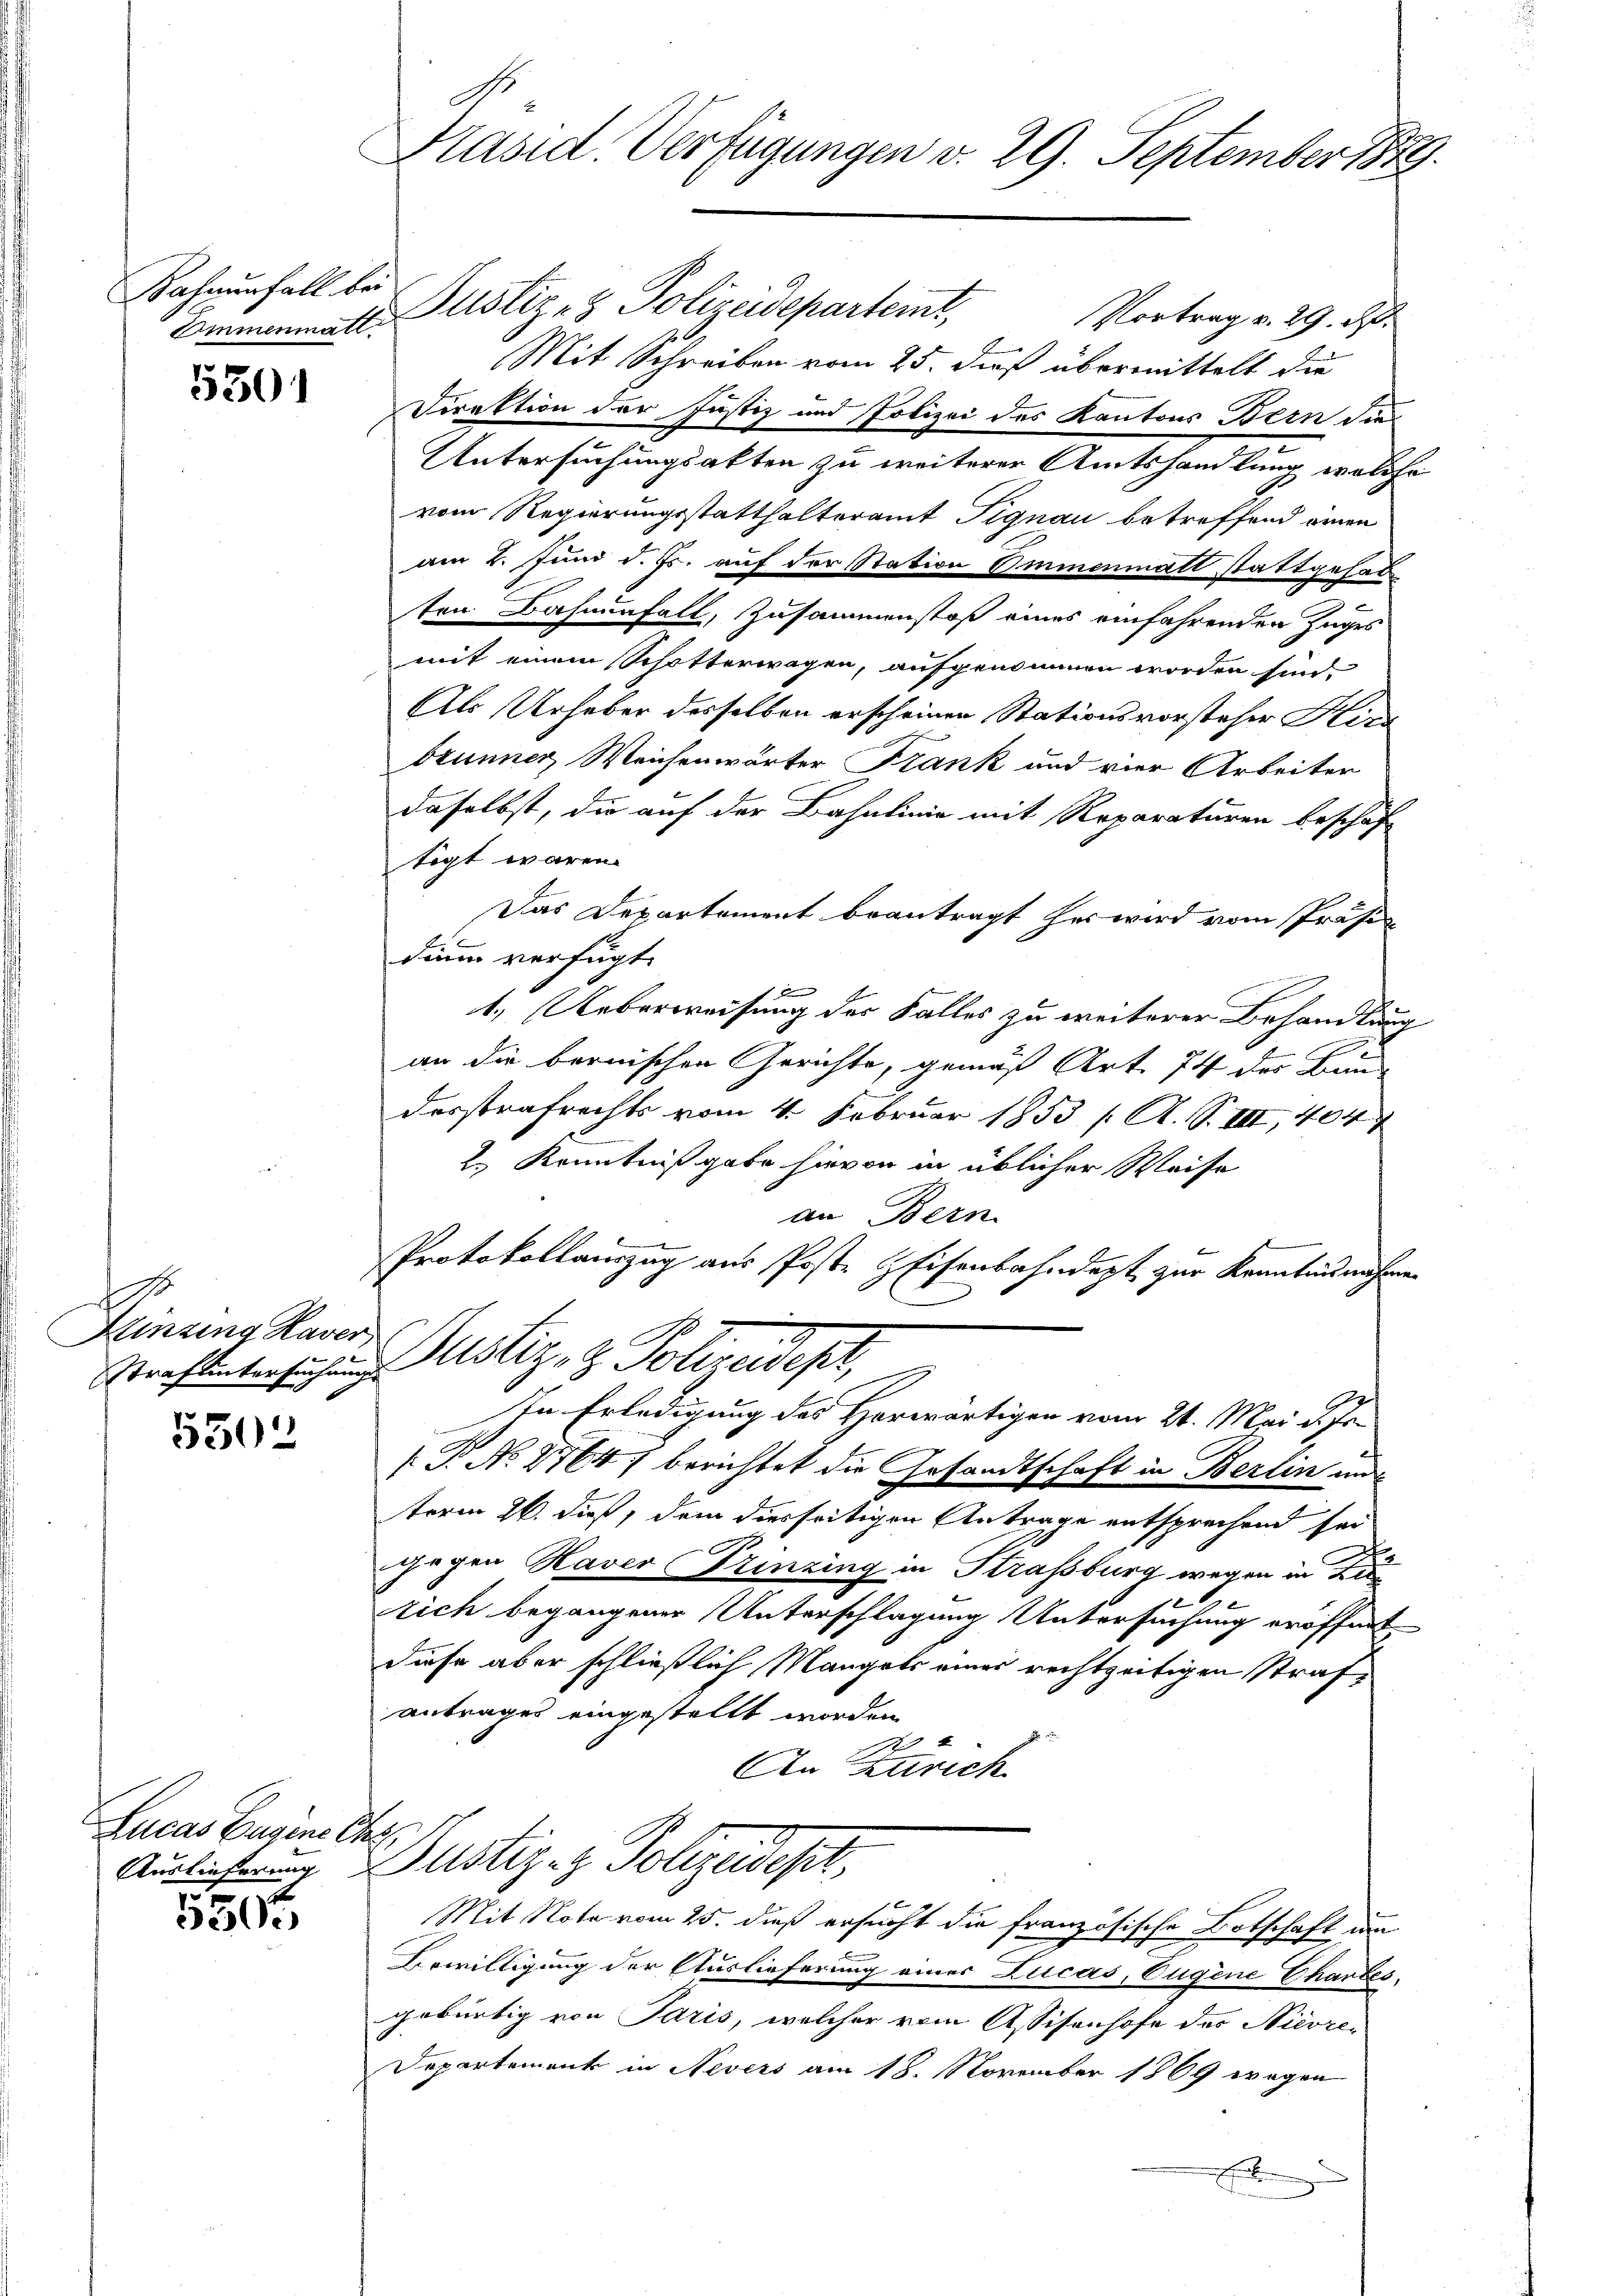
Bahnenfall bei
Emmenmatt.

5301

.
Hinsing Haver
Strafuntersuchung

5302

Lucas Eugene Er

5305

Präsid. Verfügungen v. 29. September 1879.

Justiz- & Polizeidepartemt,
Vortrag v. 29.
Mit Schreiben vom 25. dieß übermittelt die
Direktion der Justiz und Polizei des Kantons Bern der
Untersuchungsakten zu weiterer Amtshandlung welche
vom Regierungsstatthalteramt Pignau betreffend einen
am 2. Juni d. Js. auf der Station Emmenmatt stattgehal¬

ten Bahnenfall, Zusammenstoß eines einfahrenden Zuges
mit einem Schotterwagen, aufgenommen worden sind.
Als Urheber desselben erscheinen Stationsvorsteher Kirc
brunner, Weichenwärter Frank und vier Arbeiter
daselbst, die auf der Bahnlinie mit Reparaturen beschaf
tigt wären.
Das Departement beantragt her wird vom Präse
dann verfügt:
f
1.) Ueberweisung der Falles zu weiterer Behandlung
an die bernischen Gerichte, gemäß Art. 74 des Bau
desstrafrechts vom 4. Februar 1853 f. A. S. III, 404
2.) Kenntnißgabe hievon in üblicher Weise
an Bern
Protokollauszug aus Poste Eisenbahndept zur Kenntnisnahme
Justiz- & Polizeides,
In Erledigung des Horwärtigen vom 21. Mai d. Js.
P No 2764) berichtet die Gesandtschaft in Berlin und
term 26. dieß, dem diesseitigen Antrage entsprechend sei
gegen Haver Prinzing in Strassburg wegen in Kirrich begangener Unterschlagung Untersuchung eröffnet
diese aber schließlich Mangels einer rechtzeitigen Strafantragen eingestellt worden
2
An Zutrich

H
Auslieferung Justiz- & Polizeidest,
Mit Note vom 25. dieß ersucht die französische Botschaft un

Bewilligung der Auslieferung einer Lucas, Eugene Chartes
gebürtig von Paris, welcher vom Assisenhofe des Nicore¬
Departement in Nevers am 18. November 1869 wegen
e